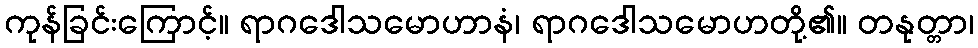
ကုန်ခြင်းကြောင့်။ ရာဂဒေါသမောဟာနံ၊ ရာဂဒေါသမောဟတို့၏။ တနုတ္တာ၊